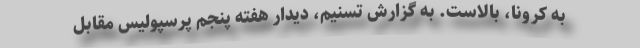
به کرونا، بالاست. به گزارش تسنیم، دیدار هفته پنجم پرسپولیس مقابل